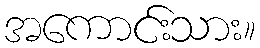
အကောင်းသား။